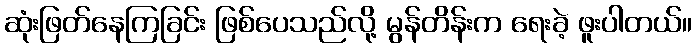
ဆုံးဖြတ်နေကြခြင်း ဖြစ်ပေသည်လို့ မွန်တိန်းက ရေးခဲ့ ဖူးပါတယ်။